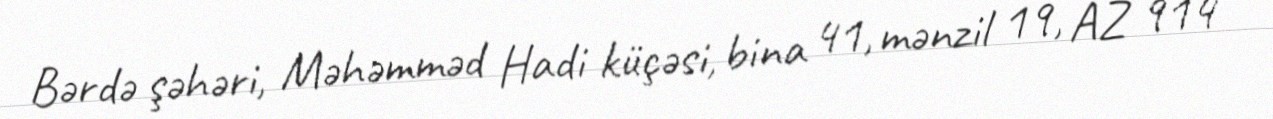
Bərdə şəhəri, Məhəmməd Hadi küçəsi, bina 41, mənzil 19, AZ 914